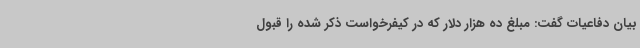
بیان دفاعیات گفت: مبلغ ده هزار دلار که در کیفرخواست ذکر شده را قبول